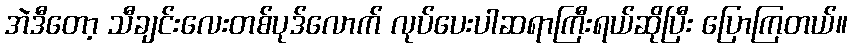
အဲဒီတော့ သီချင်းလေးတစ်ပုဒ်လောက် လုပ်ပေးပါဆရာကြီးရယ်ဆိုပြီး ပြောကြတယ်။